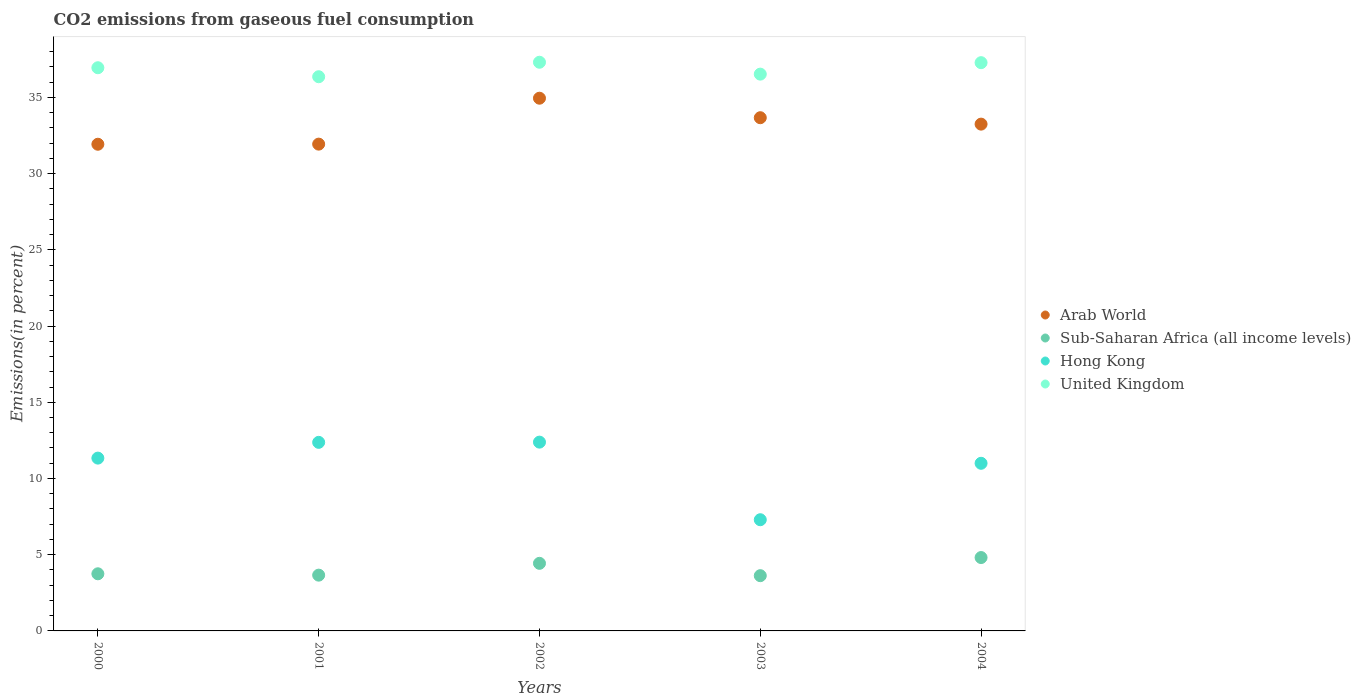
| Years | Arab World | Sub-Saharan Africa (all income levels) | Hong Kong | United Kingdom |
 | --- | --- | --- | --- | --- |
 | 2000 | 31.9 | 3.75 | 11.3 | 36.9 |
 | 2001 | 31.9 | 3.66 | 12.4 | 36.4 |
 | 2002 | 34.9 | 4.43 | 12.4 | 37.3 |
 | 2003 | 33.7 | 3.62 | 7.29 | 36.5 |
 | 2004 | 33.2 | 4.81 | 11 | 37.3 |